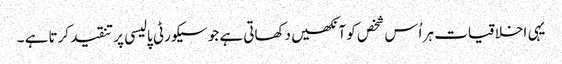
یہی اخلاقیات ہر اُس شخص کو آنکھیں دکھاتی ہے جو سیکورٹی پالیسی پر تنقید کرتا ہے ۔